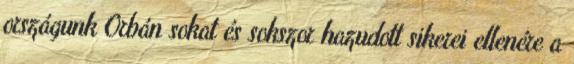
országunk Orbán sokat és sokszor hazudott sikerei ellenére a